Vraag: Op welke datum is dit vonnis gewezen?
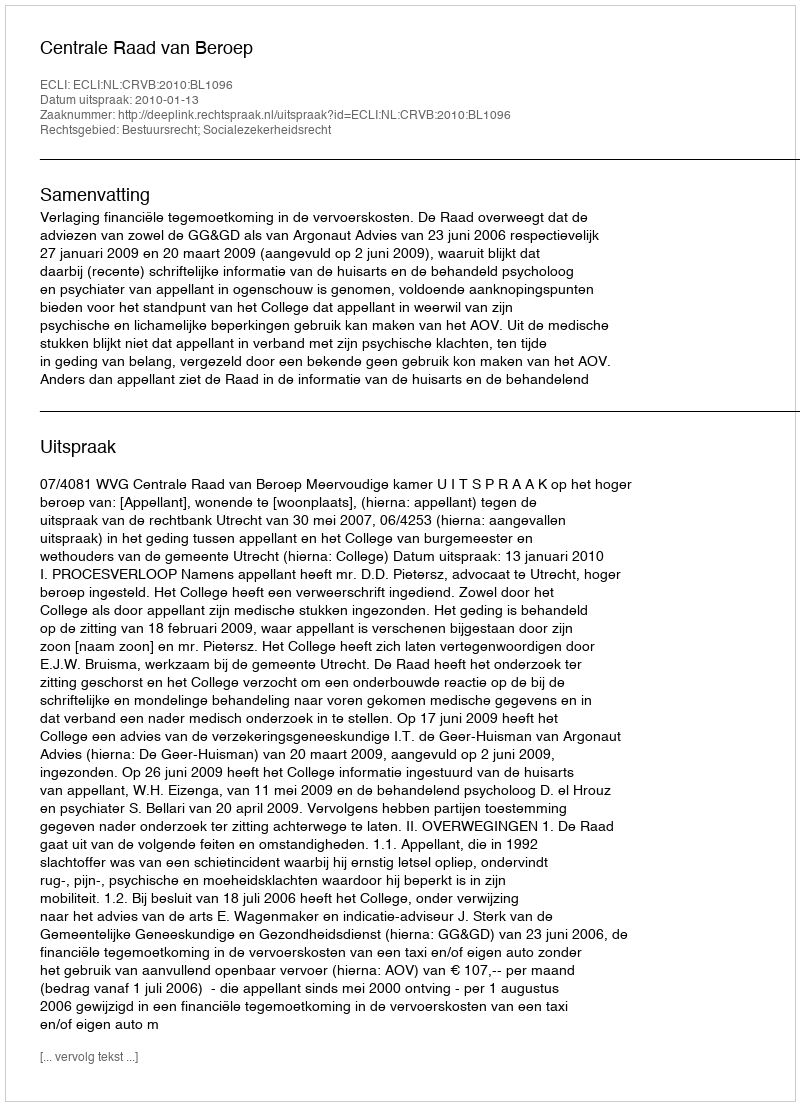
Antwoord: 2010-01-13